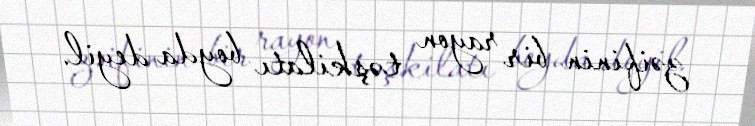
zəifinin bir rayon təşkilatı boyda deyil.